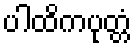
ပါထိကပုတ္တံ